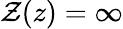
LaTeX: \mathcal{Z}(z)=\infty